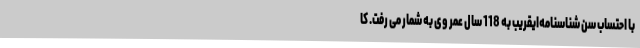
با احتساب سن شناسنامه‌ایقریب به 118 سال عمر وی به شمار می رفت. کا